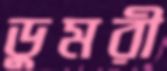
ডুমরী